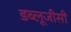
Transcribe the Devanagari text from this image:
डब्लूजीसी